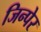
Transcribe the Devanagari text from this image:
जिन्पेर